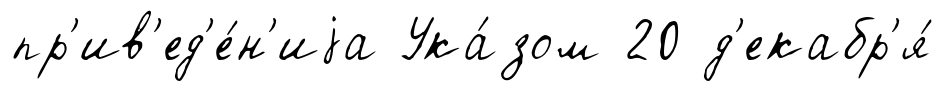
пр'ив'ед'е́н'иjа Ука́зом 20 д'екабр'я́